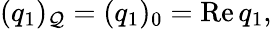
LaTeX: (q_{1})_{\cal\mathcal{Q}}=(q_{1})_{0}=\mathrm{{Re}}\, q_{1},